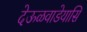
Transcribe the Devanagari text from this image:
देऊळवाडेयासि